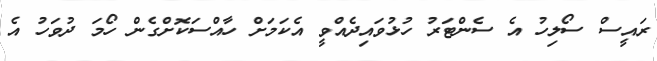
ރައީސް ސޯލިހު އެ ސެންޓަރު ހުޅުވައިދެއްވީ އެކަމަށް ހާއްސަކޮށްގެން ހޯމަ ދުވަހު އެ